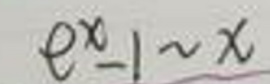
$e^{x}-1\sim x$